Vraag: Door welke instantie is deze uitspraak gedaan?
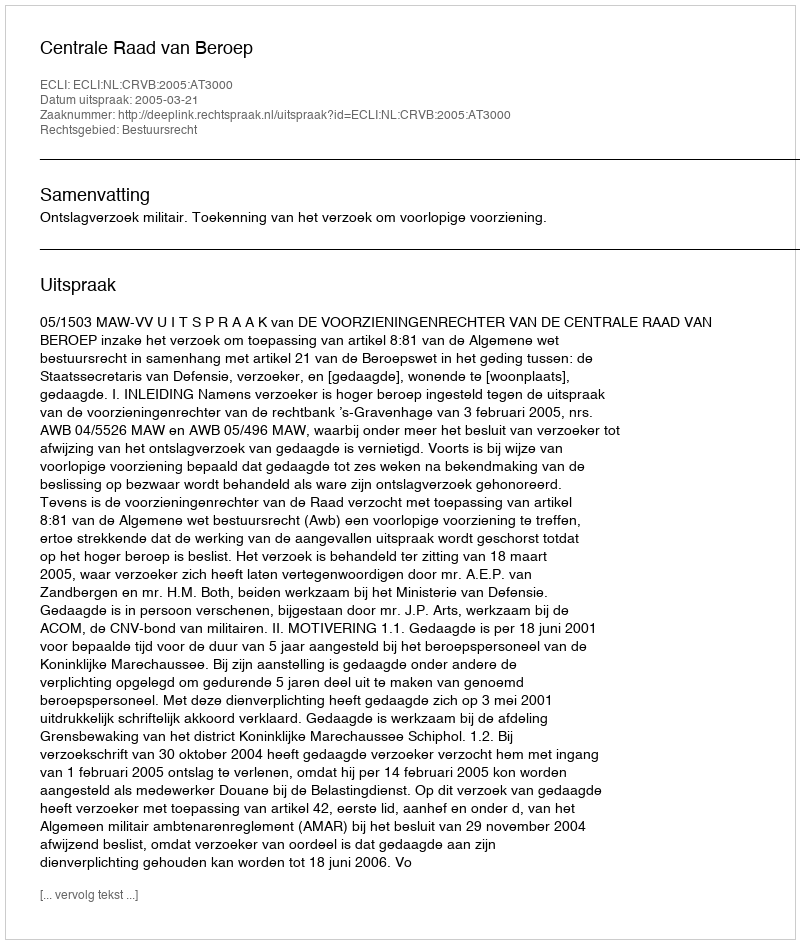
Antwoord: Centrale Raad van Beroep